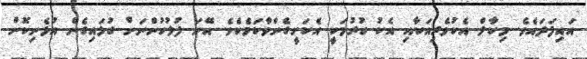
އައިފަދައެވެ. މިކާލް އެކުވެރިއަކާއި އެކު ހުރުމަކީ އެކަށީގެންވާކަމެކެވެ. އޭނަ ފުލުހުންނަށް ގުޅައިގެން އުޅެނިކޮށް